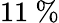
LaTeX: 11\ \%